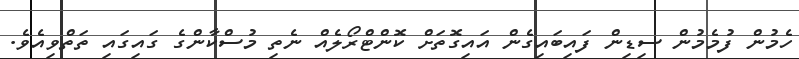
ހެމުން ފުމެމުން ސިޑިން ފައިބައިގެން އައިގޮތަށް ކޮންޓްރޯލެއް ނެތި މުސްކާންގެ ގައިގައި ތަތްވިއެވެ.